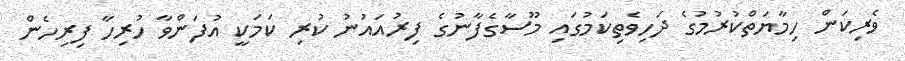
ވެރިކަން ހިމާޔަތްކުރުމުގެ ދަހިވެތިކަމުގައި މޫސާގެފާނުގެ ފިރުއައުނު ކުރި ކަމަކީ އުފަންވާ ހުރިހާ ފިރިހެން